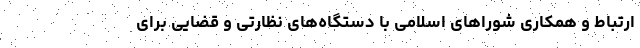
ارتباط و همکاری شوراهای اسلامی با دستگاه‌های نظارتی و قضایی برای